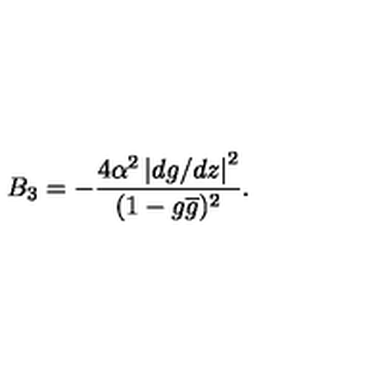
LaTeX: B _ { 3 } = - \frac { 4 \alpha ^ { 2 } \left| d g / d z \right| ^ { 2 } } { ( 1 - g \overline { { g } } ) ^ { 2 } } .